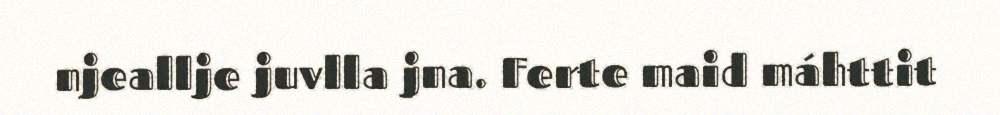
njeallje juvlla jna. Ferte maid máhttit